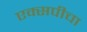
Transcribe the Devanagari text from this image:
एक्सपीचा